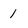
Character: 1